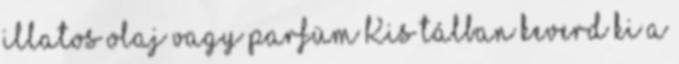
illatos olaj vagy parfüm Kis tálban keverd ki a